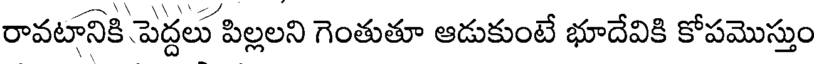
రావటానికి పెద్దలు పిల్లలని గెంతుతూ ఆడుకుంటే భూదేవికి కోపమొస్తుం